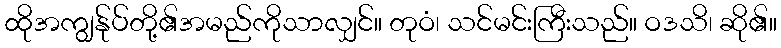
ထိုအကျွန်ုပ်တို့၏အမည်ကိုသာလျှင်။ တုဝံ၊ သင်မင်းကြီးသည်။ ဝဒသိ၊ ဆို၏။